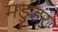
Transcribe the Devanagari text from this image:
मड्डुर